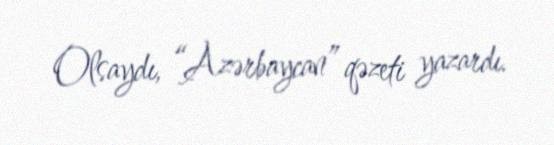
Olsaydı, “Azərbaycan” qəzeti yazardı.